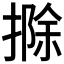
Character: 𢲢